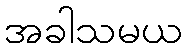
အခါသမယ